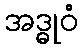
အဒ္ဓုဝံ